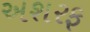
અશરફ